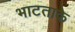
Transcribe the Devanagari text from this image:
भाटताके